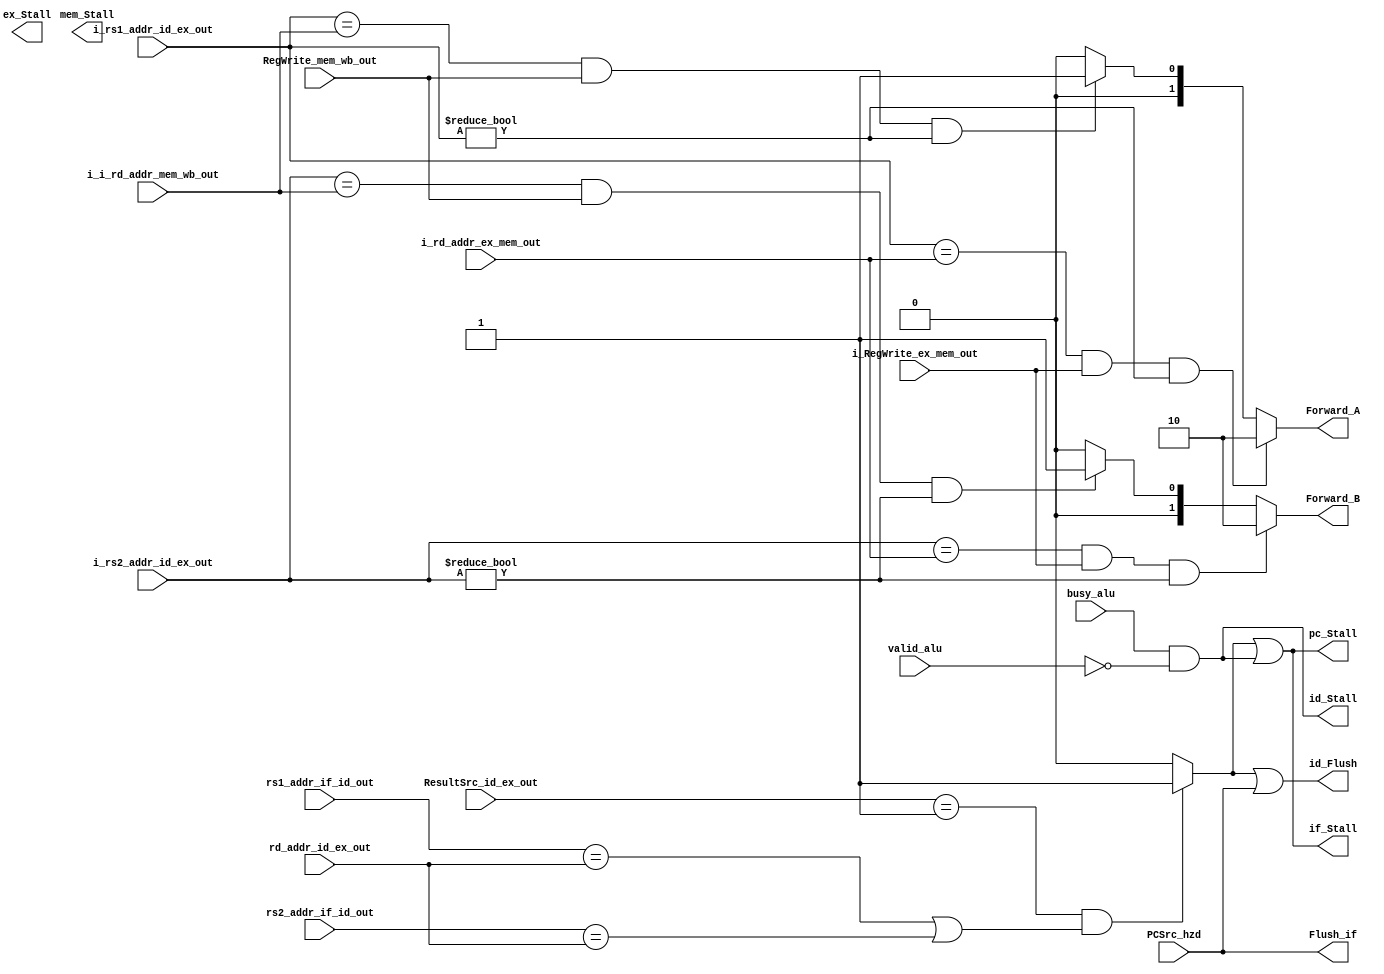
module Hazard_Unit_1#(parameter width = 32)(
    // Inputs for Forwarding Unit
    input [4:0] i_rs1_addr_id_ex_out,         // Source register 1 address from ID/EX stage
    input [4:0] i_rs2_addr_id_ex_out,         // Source register 2 address from ID/EX stage
    input [4:0] i_rd_addr_ex_mem_out,         // Destination register address from EX/MEM stage
    input [4:0] i_i_rd_addr_mem_wb_out,       // Destination register address from MEM/WB stage
    input i_RegWrite_ex_mem_out,              // Register write signal from EX/MEM stage
    input RegWrite_mem_wb_out,                // Register write signal from MEM/WB stage
    output reg [1:0] Forward_A,               // Forwarding control for source A
    output reg [1:0] Forward_B,               // Forwarding control for source B

    // Inputs for handling Load Word stall
    input [4:0] rs1_addr_if_id_out,           // Source register 1 address from IF/ID stage
    input [4:0] rs2_addr_if_id_out,           // Source register 2 address from IF/ID stage
    input [4:0] rd_addr_id_ex_out,            // Destination register address from ID/EX stage
    input [2:0] ResultSrc_id_ex_out,          // Result source signal from ID/EX stage
    output pc_Stall,                          // Stall signal for PC
    output if_Stall,                          // Stall signal for IF stage
    output id_Flush,                          // Flush signal for ID stage

    // Inputs for branch
    input PCSrc_hzd,                          // Branch decision signal
    output Flush_if,                          // Flush signal for IF stage

    // Inputs for ALU busy and valid
    input busy_alu,                           // ALU busy signal
    input valid_alu,                          // ALU valid signal
    output id_Stall,                          // Stall signal for ID stage
    output ex_Stall,                          // Stall signal for EX stage
    output mem_Stall                          // Stall signal for MEM stage
);

    // Detecting Load Word stall condition
    wire lwstall = (ResultSrc_id_ex_out == 3'b001) && 
                   ((rs1_addr_if_id_out == rd_addr_id_ex_out) || 
                    (rs2_addr_if_id_out == rd_addr_id_ex_out)) ? 1'b1 : 1'b0;

    // Stall and flush control logic
    assign pc_Stall = lwstall || (busy_alu && !valid_alu);
    assign if_Stall = lwstall || (busy_alu && !valid_alu);
    assign id_Stall = busy_alu && !valid_alu;
    assign id_Flush = lwstall || PCSrc_hzd;
    assign Flush_if = PCSrc_hzd;

    // Forwarding logic for handling data hazards
    always @(*) begin
        // Forwarding for source A
        if ((i_rs1_addr_id_ex_out == i_rd_addr_ex_mem_out) && i_RegWrite_ex_mem_out && (i_rs1_addr_id_ex_out != 0)) begin
            Forward_A = 2'b10;
        end
        else if ((i_rs1_addr_id_ex_out == i_i_rd_addr_mem_wb_out) && RegWrite_mem_wb_out && (i_rs1_addr_id_ex_out != 0)) begin
            Forward_A = 2'b01;
        end
        else begin
            Forward_A = 2'b00;
        end

        // Forwarding for source B
        if ((i_rs2_addr_id_ex_out == i_rd_addr_ex_mem_out) && i_RegWrite_ex_mem_out && (i_rs2_addr_id_ex_out != 0)) begin
            Forward_B = 2'b10;
        end
        else if ((i_rs2_addr_id_ex_out == i_i_rd_addr_mem_wb_out) && RegWrite_mem_wb_out && (i_rs2_addr_id_ex_out != 0)) begin
            Forward_B = 2'b01;
        end
        else begin
            Forward_B = 2'b00;
        end
    end
endmodule